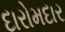
દારોમદાર